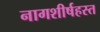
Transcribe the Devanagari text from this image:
नागशीर्षहस्त